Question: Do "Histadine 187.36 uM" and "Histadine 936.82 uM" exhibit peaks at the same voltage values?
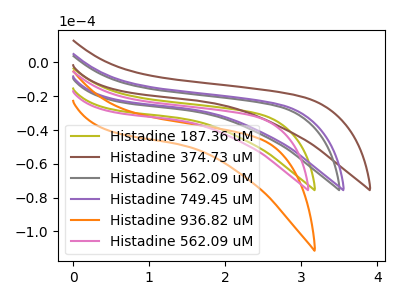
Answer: <think>The olive curve "Histadine 187.36 uM" has no peaks. The brown curve "Histadine 374.73 uM" has no peaks. The gray curve "Histadine 562.09 uM" has no peaks. The purple curve "Histadine 749.45 uM" has no peaks. The orange curve "Histadine 936.82 uM" has no peaks. The pink curve "Histadine 562.09 uM" has no peaks.</think>
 <answer>Niether CV has any peaks.</answer>
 <eval>blanks</eval>